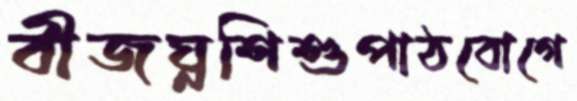
বীজঘ্নশিশুপাঠবোগে